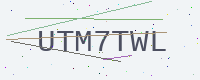
Text: UTM7TWL